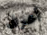
أعرف